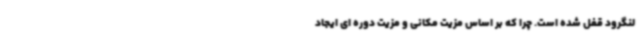
لنگرود قفل شده است. چرا که بر اساس مزیت مکانی و مزیت دوره ای ایجاد